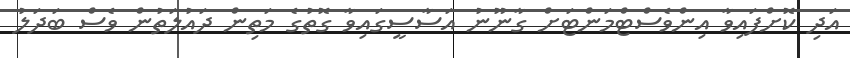
އަދި ކޮށްފައިވާ އިންވެސްޓްމަންޓަށް ގާނޫނު އަސާސީގައިވާ ގޮތުގެ މަތިން ދައުލަތުން ވެސް ބަދަލު